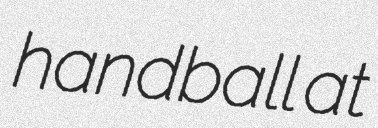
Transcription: handball at